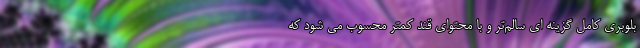
بلوبری کامل گزینه ای سالم‌تر و با محتوای قند کمتر محسوب می شود که